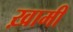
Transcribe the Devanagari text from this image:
ख़ामी